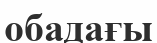
обадағы